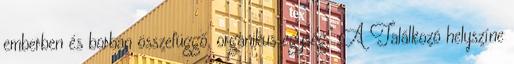
emberben és borban összefüggő, organikus egység." A Találkozó helyszíne